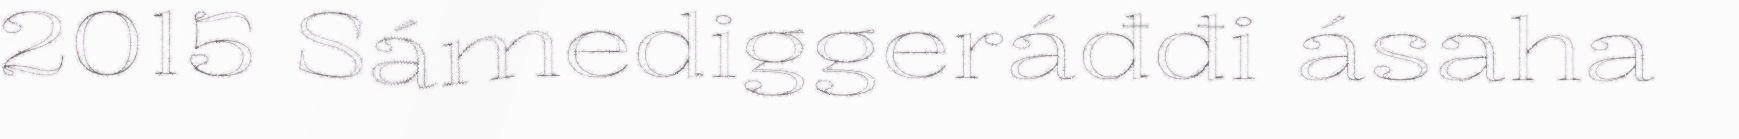
2015 Sámediggeráđđi ásaha